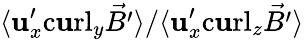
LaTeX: \langle{\mathbf{u}}_{x}^{\prime}\mathrm{{c\mathbf{u}rl}}_{y}\vec{{B^{\prime}}}\rangle/\langle{\mathbf{u}}_{x}^{\prime}\mathrm{{c\mathbf{u}rl}}_{z}\vec{{B^{\prime}}}\rangle